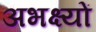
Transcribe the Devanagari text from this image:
अभक्ष्यों